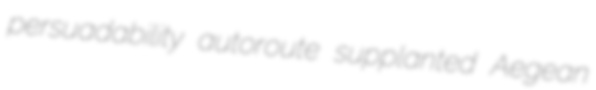
persuadability autoroute supplanted Aegean